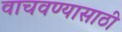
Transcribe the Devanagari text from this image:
वाचवण्‍यासाठी